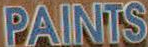
PAINTS